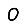
Digit: 0